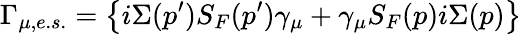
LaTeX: \Gamma_{\mu,e.s.}=\left\{ i\Sigma(p^{\prime})S_{F}(p^{\prime})\gamma_{\mu}+\gamma_{\mu}S_{F}(p)i\Sigma(p)\right\}